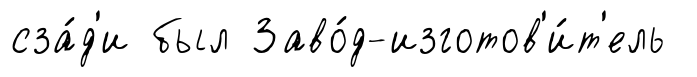
сза́д'и был Заво́д-изготов'и́т'ель